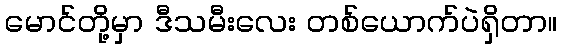
မောင်တို့မှာ ဒီသမီးလေး တစ်ယောက်ပဲရှိတာ။